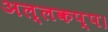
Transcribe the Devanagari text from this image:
अल्लकप्प।